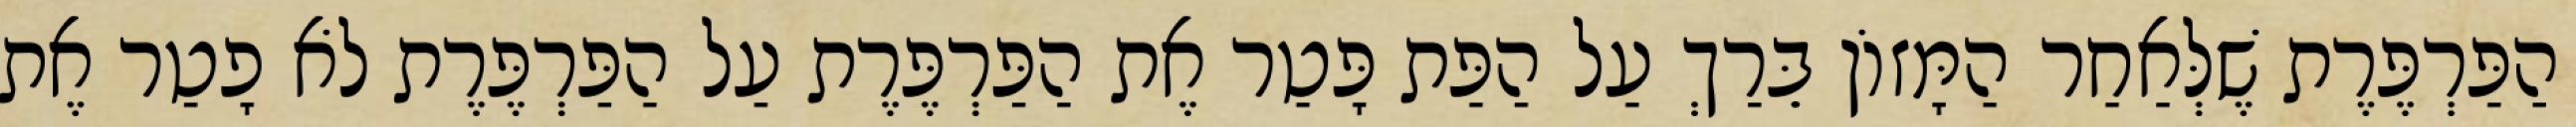
הַפַּרְפֶּרֶת שֶׁלְּאַחַר הַמָּזוֹן בֵּרַךְ עַל הַפַּת פָּטַר אֶת הַפַּרְפֶּרֶת עַל הַפַּרְפֶּרֶת לֹא פָטַר אֶת